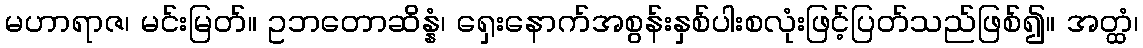
မဟာရာဇ၊ မင်းမြတ်။ ဥဘတောဆိန္နံ၊ ရှေးနောက်အစွန်းနှစ်ပါးစလုံးဖြင့်ပြတ်သည်ဖြစ်၍။ အတ္ထံ၊